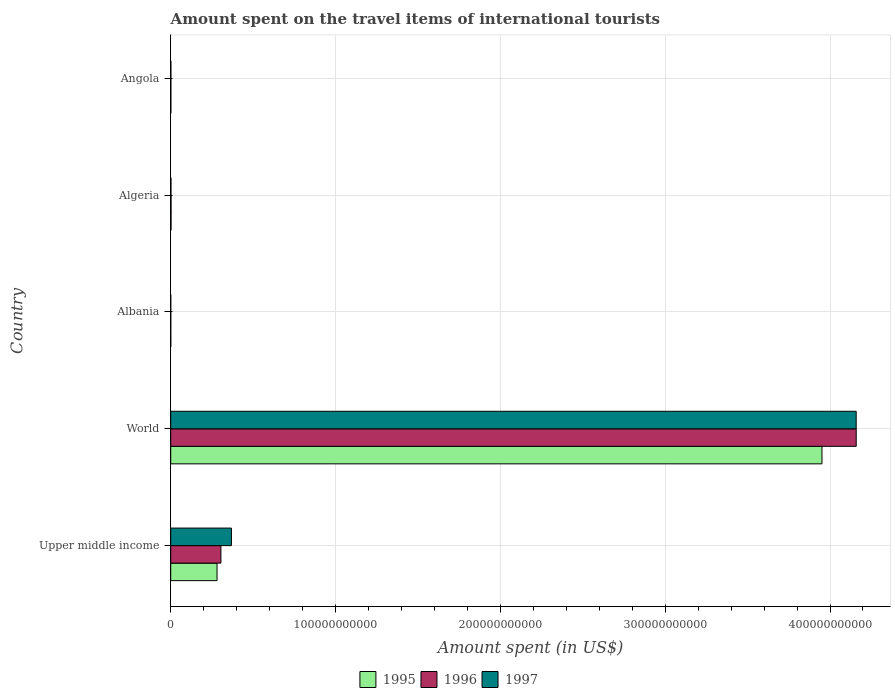
| Country | 1995 | 1996 | 1997 |
 | --- | --- | --- | --- |
 | Upper middle income | 2.81e+10 | 3.04e+10 | 3.68e+10 |
 | World | 3.95e+11 | 4.16e+11 | 4.16e+11 |
 | Albania | 7e+06 | 1.2e+07 | 5e+06 |
 | Algeria | 1.86e+08 | 1.88e+08 | 1.44e+08 |
 | Angola | 7.5e+07 | 7.3e+07 | 9.8e+07 |